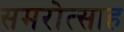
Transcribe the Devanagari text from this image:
समरोत्साह